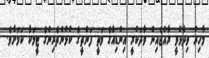
މާހިރު ވިދާޅުވީ ރާއްޖެއިން ވާދަކުރީ އިންޑިއާގެ މަތީ ފަންތީގެ ކުޅުންތެރިންގެ ޓީމަކާ ކަމަށެވެ.